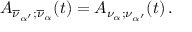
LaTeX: { \cal A } _ { \overline { { { \nu } } } _ { \alpha ^ { \prime } } ; \overline { { { \nu } } } _ { \alpha } } ( t ) = { \cal A } _ { \nu _ { \alpha } ; \nu _ { \alpha ^ { \prime } } } ( t ) \, .